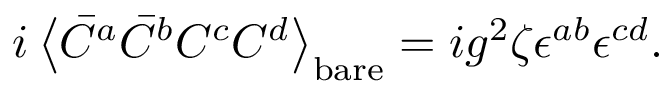
i \left< \bar { C } ^ { a } \bar { C } ^ { b } C ^ { c } C ^ { d } \right> _ { \mathrm { b a r e } } = i g ^ { 2 } \zeta \epsilon ^ { a b } \epsilon ^ { c d } .